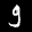
Label: 9